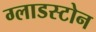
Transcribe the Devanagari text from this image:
ग्लाडस्टोन